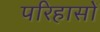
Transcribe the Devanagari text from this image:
परिहासों